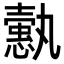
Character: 𢣞